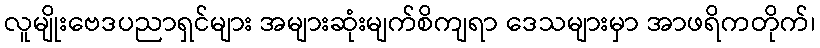
လူမျိုးဗေဒပညာရှင်များ အများဆုံးမျက်စိကျရာ ဒေသများမှာ အာဖရိကတိုက်၊